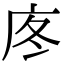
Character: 庝